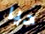
حيا